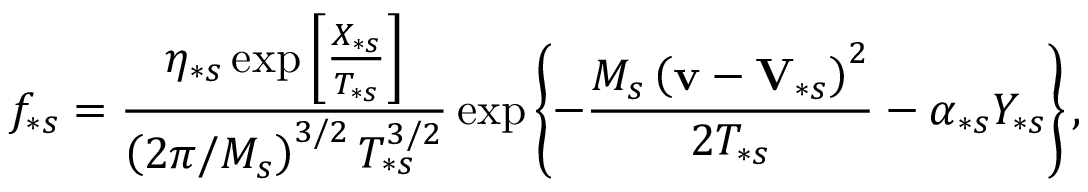
f _ { \ast s } = \frac { \eta _ { \ast s } \exp \left[ \frac { X _ { \ast s } } { T _ { \ast s } } \right] } { \left( 2 \pi / M _ { s } \right) ^ { 3 / 2 } T _ { \ast s } ^ { 3 / 2 } } \exp \left\{ - \frac { M _ { s } \left( \mathbf { v } - \mathbf { V } _ { \ast s } \right) ^ { 2 } } { 2 T _ { \ast s } } - \alpha _ { \ast s } Y _ { \ast s } \right\} ,